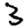
Digit: 3